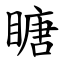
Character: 瞊